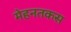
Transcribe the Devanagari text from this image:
मेहनतकस